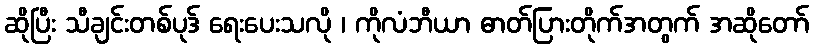
ဆိုပြီး သီချင်းတစ်ပုဒ် ရေးပေးသလို ၊ ကိုလံဘီယာ ဓာတ်ပြားတိုက်အတွက် အဆိုတော်